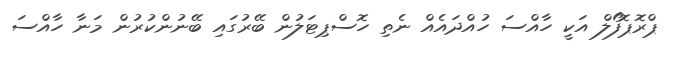
ޕްރޮޕޮފޯލް އަކީ ހާއްސަ ހުއްދައެއް ނެތި ހޮސްޕިޓަލުން ބޭރުގައި ބޭނުންކުރުން މަނާ ހާއްސަ